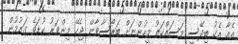
އެއާ އެކު ބިދޭސީ މަސައްކަތު މީހުންނަށް ބަރޯސާވާން ޖެހޭ މިންވަރު ކުޑަވެ ގައުމުން